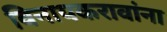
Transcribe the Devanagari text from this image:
विनायकरावांना